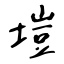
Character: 塏